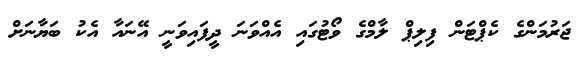
ޖަރުމަންގެ ކެޕްޓަން ފިލިޕް ލާމްގެ ވޯޓުގައި އެއްވަނަ ދީފައިވަނީ އޭނައާ އެކު ބަޔާނަށް